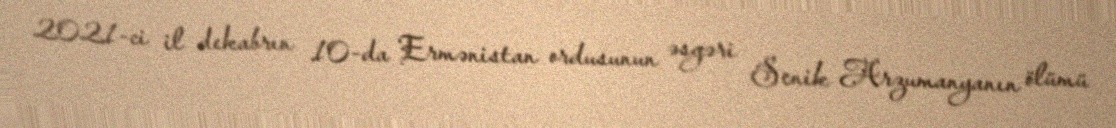
2021-ci il dekabrın 10-da Ermənistan ordusunun əsgəri Senik Arzumanyanın ölümü